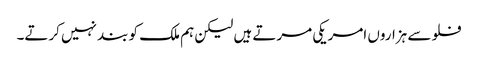
فلو سے ہزاروں امریکی مرتے ہیں لیکن ہم ملک کو بند نہیں کرتے۔